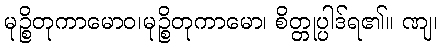
မုဉ္စိတုကာမောဝ၊မုဉ္စိတုကာမော၊ စိတ္တုပ္ပါဒ်ရ၏။ ဏျ၊